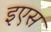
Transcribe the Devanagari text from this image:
इएस